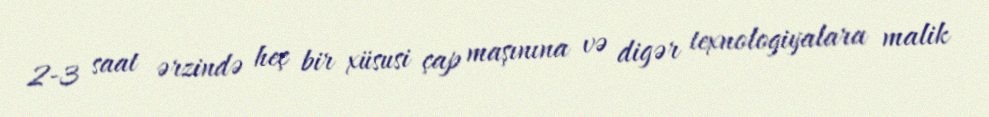
2-3 saat ərzində heç bir xüsusi çap maşınına və digər texnologiyalara malik